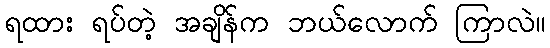
ရထား ရပ်တဲ့ အချိန်က ဘယ်လောက် ကြာလဲ။